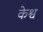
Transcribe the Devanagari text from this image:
केश्व